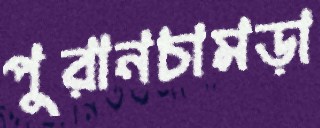
পুরানচামড়া